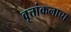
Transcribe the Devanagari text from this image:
वृत्तांकनाचा